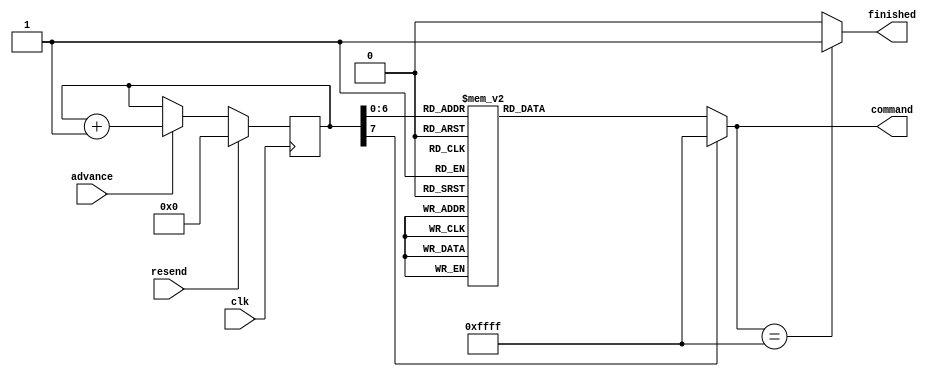

module OV7670_registers(clk, 
			resend, 
			advance, 
			command, 
			finished
		       );
	
	
	 output wire finished;
	 output wire [15:0] command;
	 input wire advance;
	 input wire clk;
	 input wire resend;
    reg [15:0] dout;
    reg finished_temp;
    reg [7:0] address = {8{1'b0}};
    
    assign command = dout; 
    assign finished = finished_temp;
    
    always@(dout)
    begin
        finished_temp <= (dout == 16'hFFFF)? 1'b1 : 1'b0;
    end
    
	 
    always@(posedge clk)                       
        begin
            if(resend == 1)
                begin
                    address <= 8'h00;     //se resend  alto, mantieni address a 0
                end
            else if(advance == 1)
                begin
                    address <= address+1'b1;     //se advance e' alto, incrementa address
                end
		  end
		  
	 always@(address)
		begin
           case (address) 
	 0:  dout <= 16'h12_80; //reset
    1:  dout <= 16'hFF_F0; //delay
    2:  dout <= 16'h12_04; // COM7,     set RGB color output
    3:  dout <= 16'h11_80; // CLKRC     internal PLL matches input clock
    4:  dout <= 16'h0C_00; // COM3,     default settings
    5:  dout <= 16'h3E_00; // COM14,    no scaling, normal pclock
    6:  dout <= 16'h04_00; // COM1,     disable CCIR656
    7:  dout <= 16'h40_d0; //COM15,     RGB565, full output range
    8:  dout <= 16'h3a_04; //TSLB       set correct output data sequence (magic)
    9:  dout <= 16'h14_18; //COM9       MAX AGC value x4
    10: dout <= 16'h4F_B3; //MTX1       all of these are magical matrix coefficients
    11: dout <= 16'h50_B3; //MTX2
    12: dout <= 16'h51_00; //MTX3
    13: dout <= 16'h52_3d; //MTX4
    14: dout <= 16'h53_A7; //MTX5
    15: dout <= 16'h54_E4; //MTX6
    16: dout <= 16'h58_9E; //MTXS
    17: dout <= 16'h3D_C0; //COM13      sets gamma enable, does not preserve reserved bits, may be wrong?
    18: dout <= 16'h17_14; //HSTART     start high 8 bits
    19: dout <= 16'h18_02; //HSTOP      stop high 8 bits //these kill the odd colored line
    20: dout <= 16'h32_80; //HREF       edge offset
    21: dout <= 16'h19_03; //VSTART     start high 8 bits
    22: dout <= 16'h1A_7B; //VSTOP      stop high 8 bits
    23: dout <= 16'h03_0A; //VREF       vsync edge offset
    24: dout <= 16'h0F_41; //COM6       reset timings
    25: dout <= 16'h1E_00; //MVFP       disable mirror / flip //might have magic value of 03
    26: dout <= 16'h33_0B; //CHLF       //magic value from the internet
    27: dout <= 16'h3C_40;//16'h3C_78; //COM12      no HREF when VSYNC low
    28: dout <= 16'h69_00; //GFIX       fix gain control
    29: dout <= 16'h74_00; //REG74      Digital gain control
    30: dout <= 16'hB0_84; //RSVD       magic value from the internet *required* for good color
    31: dout <= 16'hB1_0c; //ABLC1
    32: dout <= 16'hB2_0e; //RSVD       more magic internet values
    33: dout <= 16'hB3_80; //THL_ST
    //scaling numbers
    34: dout <= 16'h70_3a;
    35: dout <= 16'h71_35;
    36: dout <= 16'h72_11;
    37: dout <= 16'h73_f0;
    38: dout <= 16'ha2_02;
    //gamma curve values
    39: dout <= 16'h7a_20;
    40: dout <= 16'h7b_10;
    41: dout <= 16'h7c_1e;
    42: dout <= 16'h7d_35;
    43: dout <= 16'h7e_5a;
    44: dout <= 16'h7f_69;
    45: dout <= 16'h80_76;
    46: dout <= 16'h81_80;
    47: dout <= 16'h82_88;
    48: dout <= 16'h83_8f;
    49: dout <= 16'h84_96;
    50: dout <= 16'h85_a3;
    51: dout <= 16'h86_af;
    52: dout <= 16'h87_c4;
    53: dout <= 16'h88_d7;
    54: dout <= 16'h89_e8;
    //AGC and AEC
    54: dout <= 16'h13_e0; //COM8, disable AGC / AEC
    55: dout <= 16'h00_00; //set gain reg to 0 for AGC
    56: dout <= 16'h10_00; //set ARCJ reg to 0
    57: dout <= 16'h0d_40; //magic reserved bit for COM4
    58: dout <= 16'h14_18; //COM9, 4x gain + magic bit
    59: dout <= 16'ha5_05; // BD50MAX
    60: dout <= 16'hab_07; //DB60MAX
    61: dout <= 16'h24_95; //AGC upper limit
    62: dout <= 16'h25_33; //AGC lower limit
    63: dout <= 16'h26_e3; //AGC/AEC fast mode op region
    64: dout <= 16'h9f_78; //HAECC1
    65: dout <= 16'ha0_68; //HAECC2
    66: dout <= 16'ha1_03; //magic
    67: dout <= 16'ha6_d8; //HAECC3
    68: dout <= 16'ha7_d8; //HAECC4
    69: dout <= 16'ha8_f0; //HAECC5
    70: dout <= 16'ha9_90; //HAECC6
    71: dout <= 16'haa_94; //HAECC7
    72: dout <= 16'h13_e5; //COM8, enable AGC / AEC
    default: dout <= 16'hFF_FF;         //mark end of ROM
            endcase  
            
        end
endmodule